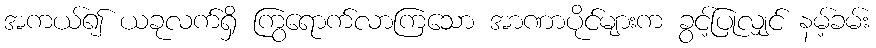
အကယ်၍ ယခုလက်ရှိ ကြွရောက်လာကြသော အာဏာပိုင်များက ခွင့်ပြုလျှင် နမ့်ခမ်း